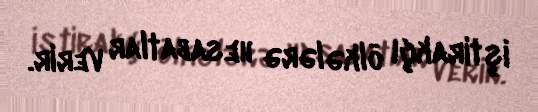
iştirakçı ölkələrə hesabatlar verir.